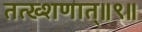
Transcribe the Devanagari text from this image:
तत्ख्शणात्॥९॥